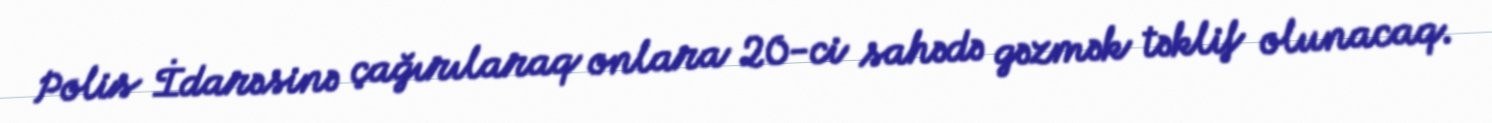
Polis İdarəsinə çağırılaraq onlara 20-ci sahədə gəzmək təklif olunacaq.